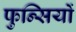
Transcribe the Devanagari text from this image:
फुन्सियों